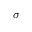
\sigma